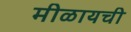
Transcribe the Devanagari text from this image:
मीळायची